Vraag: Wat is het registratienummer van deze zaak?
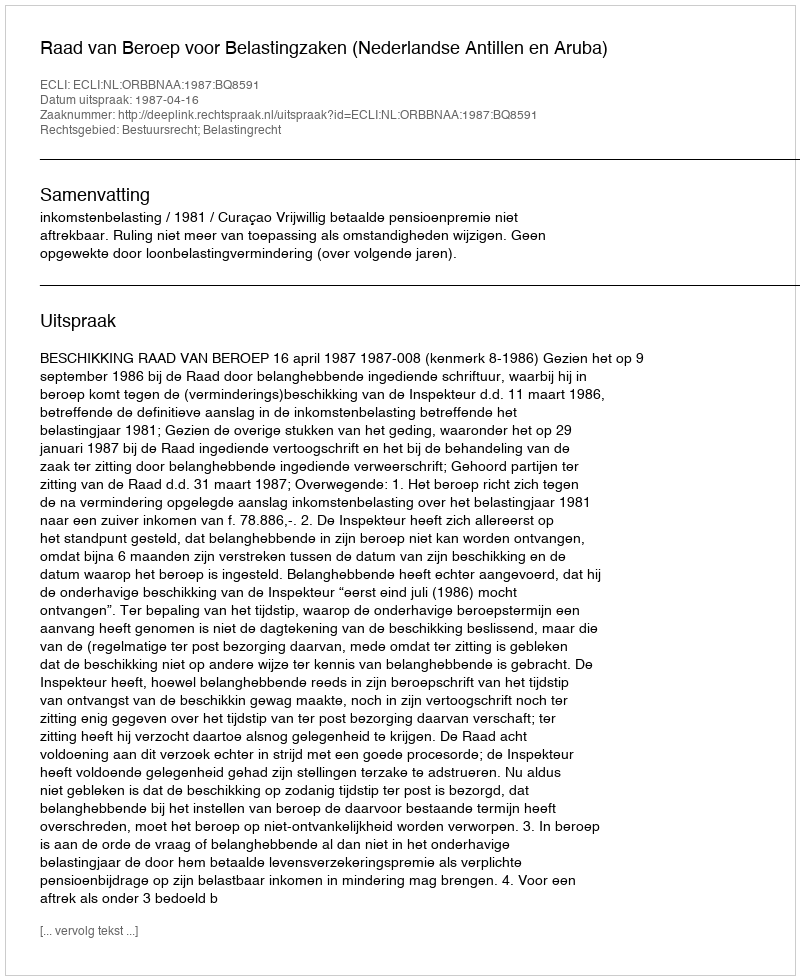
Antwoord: http://deeplink.rechtspraak.nl/uitspraak?id=ECLI:NL:ORBBNAA:1987:BQ8591